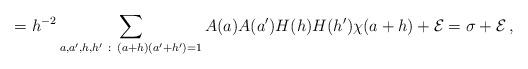
LaTeX: \begin{align*} = h^{-2} \sum_{a,a',h,h' ~:~ (a+h)(a'+h')=1} A(a) A(a') H(h) H(h') \chi (a+h) + \mathcal{E} = \sigma + \mathcal{E} \,,\end{align*}